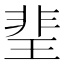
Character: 𤦅